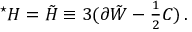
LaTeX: { } ^ { \star } { \cal H } = \tilde { \cal H } \equiv 3 ( \partial \tilde { W } - { \textstyle \frac { 1 } { 2 } } C ) \, .